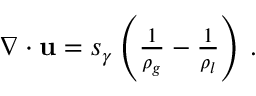
\begin{array} { r } { \nabla \cdot \mathbf { u } = s _ { \gamma } \left( \frac { 1 } { \rho _ { g } } - \frac { 1 } { \rho _ { l } } \right) \, . } \end{array}